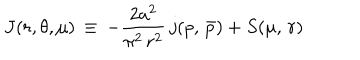
J ( r , \theta , \mu ) \, \equiv \, - \frac { 2 a ^ { 2 } } { \pi ^ { 2 } \, r ^ { 2 } } \, j ( p , \, \bar { p } ) + S ( \mu , \, r )